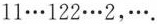
11···122···2，···.